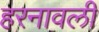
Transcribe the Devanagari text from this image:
हरनावली